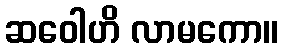
ဆဝေါဟိ လာမကော။